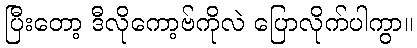
ပြီးတော့ ဒီလိုကော့ဗ်ကိုလဲ ပြောလိုက်ပါကွာ။